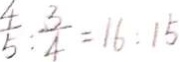
\frac { 4 } { 5 } : \frac { 3 } { 4 } = 1 6 : 1 5